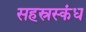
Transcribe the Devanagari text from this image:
सहस्रस्कंध